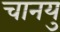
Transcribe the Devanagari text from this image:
चानयु